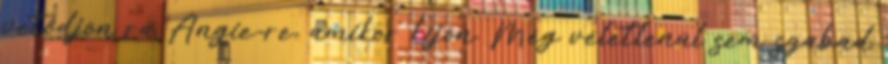
vetődjön rá Angie-re, amikor kijön. Még véletlenül sem szabad